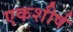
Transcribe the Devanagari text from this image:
एकशीर्ष